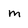
Character: m